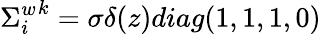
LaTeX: {{\Sigma}_{i}^{w}}^{k}={\sigma}{\delta}(z)diag(1,1,1,0)